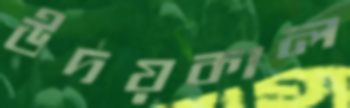
উদয়কাল